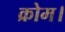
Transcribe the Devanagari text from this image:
क्रोम।